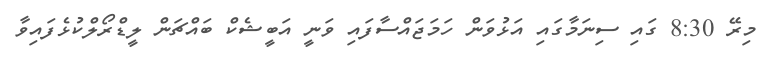
މިރޭ 8:30 ގައި ސިނަމާގައި އަޅުވަން ހަމަޖައްސާފައި ވަނީ އަބީޝެކް ބައްޗަން ލީޑްރޯލްކުޅެފައިވާ